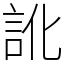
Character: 訛